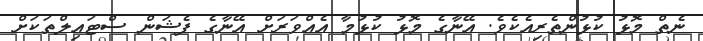
ނެތް މޮޅު ކުޅުންތެރިއެކެވެ. އޭނާގެ މޮޅު ކުޅުމާ އެއްވަރަށް އޭނާގެ ފެޝަން ސްޓައިލްތަކަށް